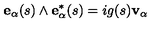
{ \bf e } _ { \alpha } ( s ) \wedge { \bf e } _ { \alpha } ^ { * } ( s ) = i g ( s ) { \bf v } _ { \alpha }